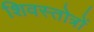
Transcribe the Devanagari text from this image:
शिवस्तोत्रों